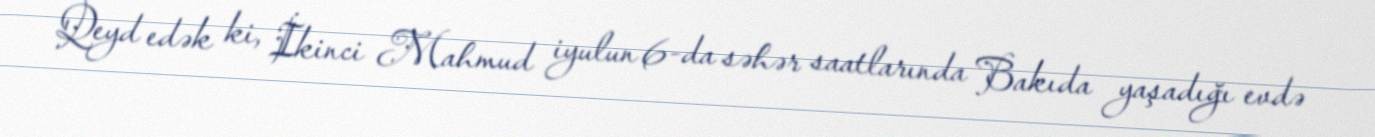
Qeyd edək ki, İkinci Mahmud iyulun 6-da səhər saatlarında Bakıda yaşadığı evdə